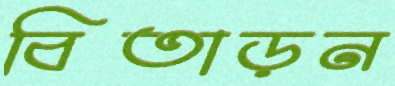
বিতাড়ন